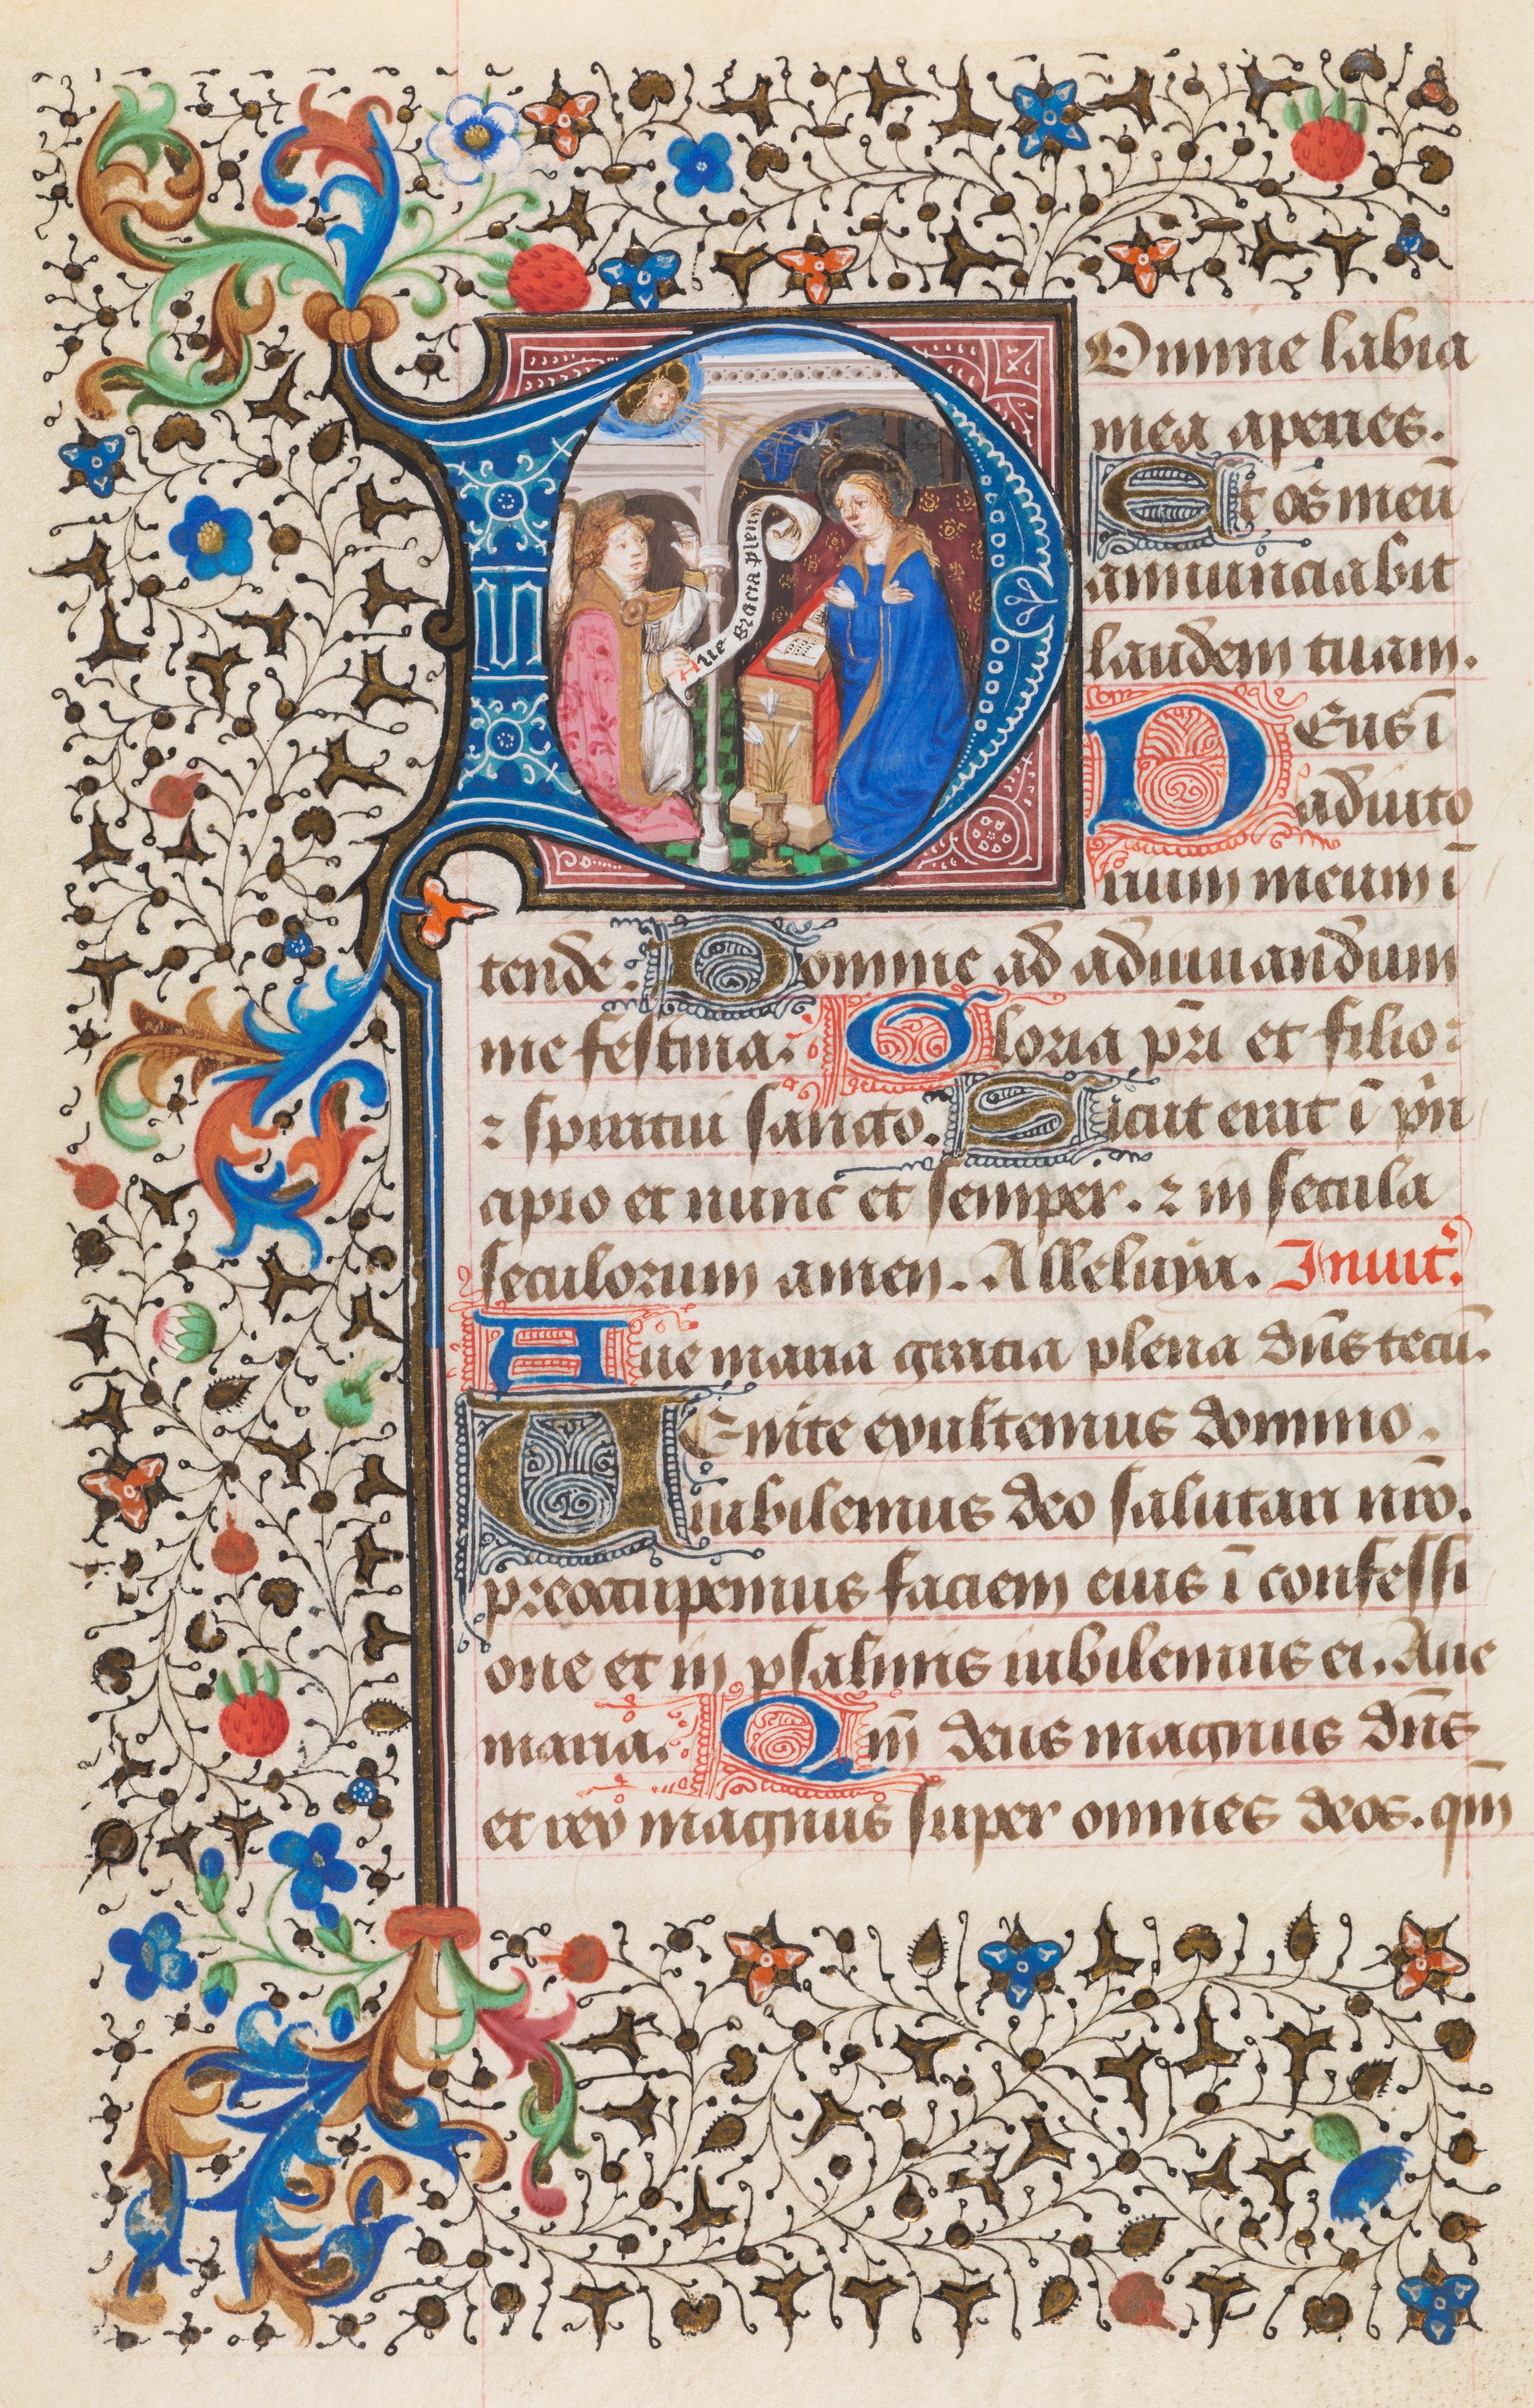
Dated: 1400–1499